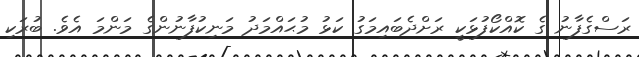
ރަސްގެފާނު ގެ ކޮއްކޯފުޅަކީ ރަށްދެބައިމަގު ކަޅު މުޙައްމަދު މަނިކުފާނުންގެ މަންމަ އެވެ. ބުރަކި